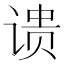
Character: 𬤉